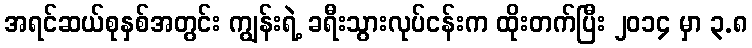
အရင်ဆယ်စုနှစ်အတွင်း ကျွန်းရဲ့ ခရီးသွားလုပ်ငန်းက ထိုးတက်ပြီး ၂၀၁၄ မှာ ၃.၈